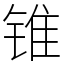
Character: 锥